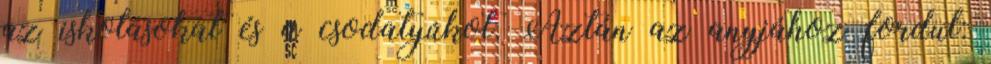
az iskolásokat és a csodatyúkot. Aztán az anyjához fordul: